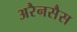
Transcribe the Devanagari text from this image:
अरैनसैस